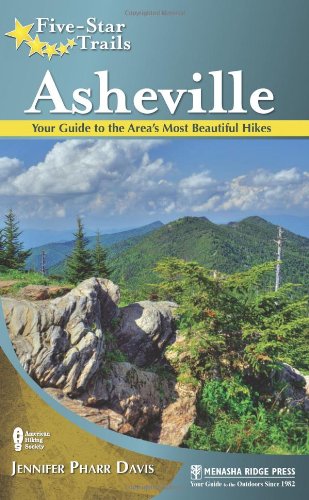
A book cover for Five-Star Trails: Asheville: Your Guide to the Area's Most Beautiful Hikes; Jennifer Pharr Davis; Health, Fitness & Dieting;